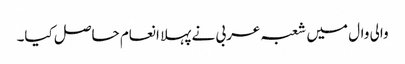
والی وال میں شعبہ عربی نے پہلا انعام حاصل کیا۔